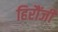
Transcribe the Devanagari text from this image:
हिरौंजी